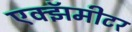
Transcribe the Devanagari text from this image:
एक्झॅमीटर